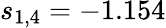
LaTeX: s_{1,4}=-1.154